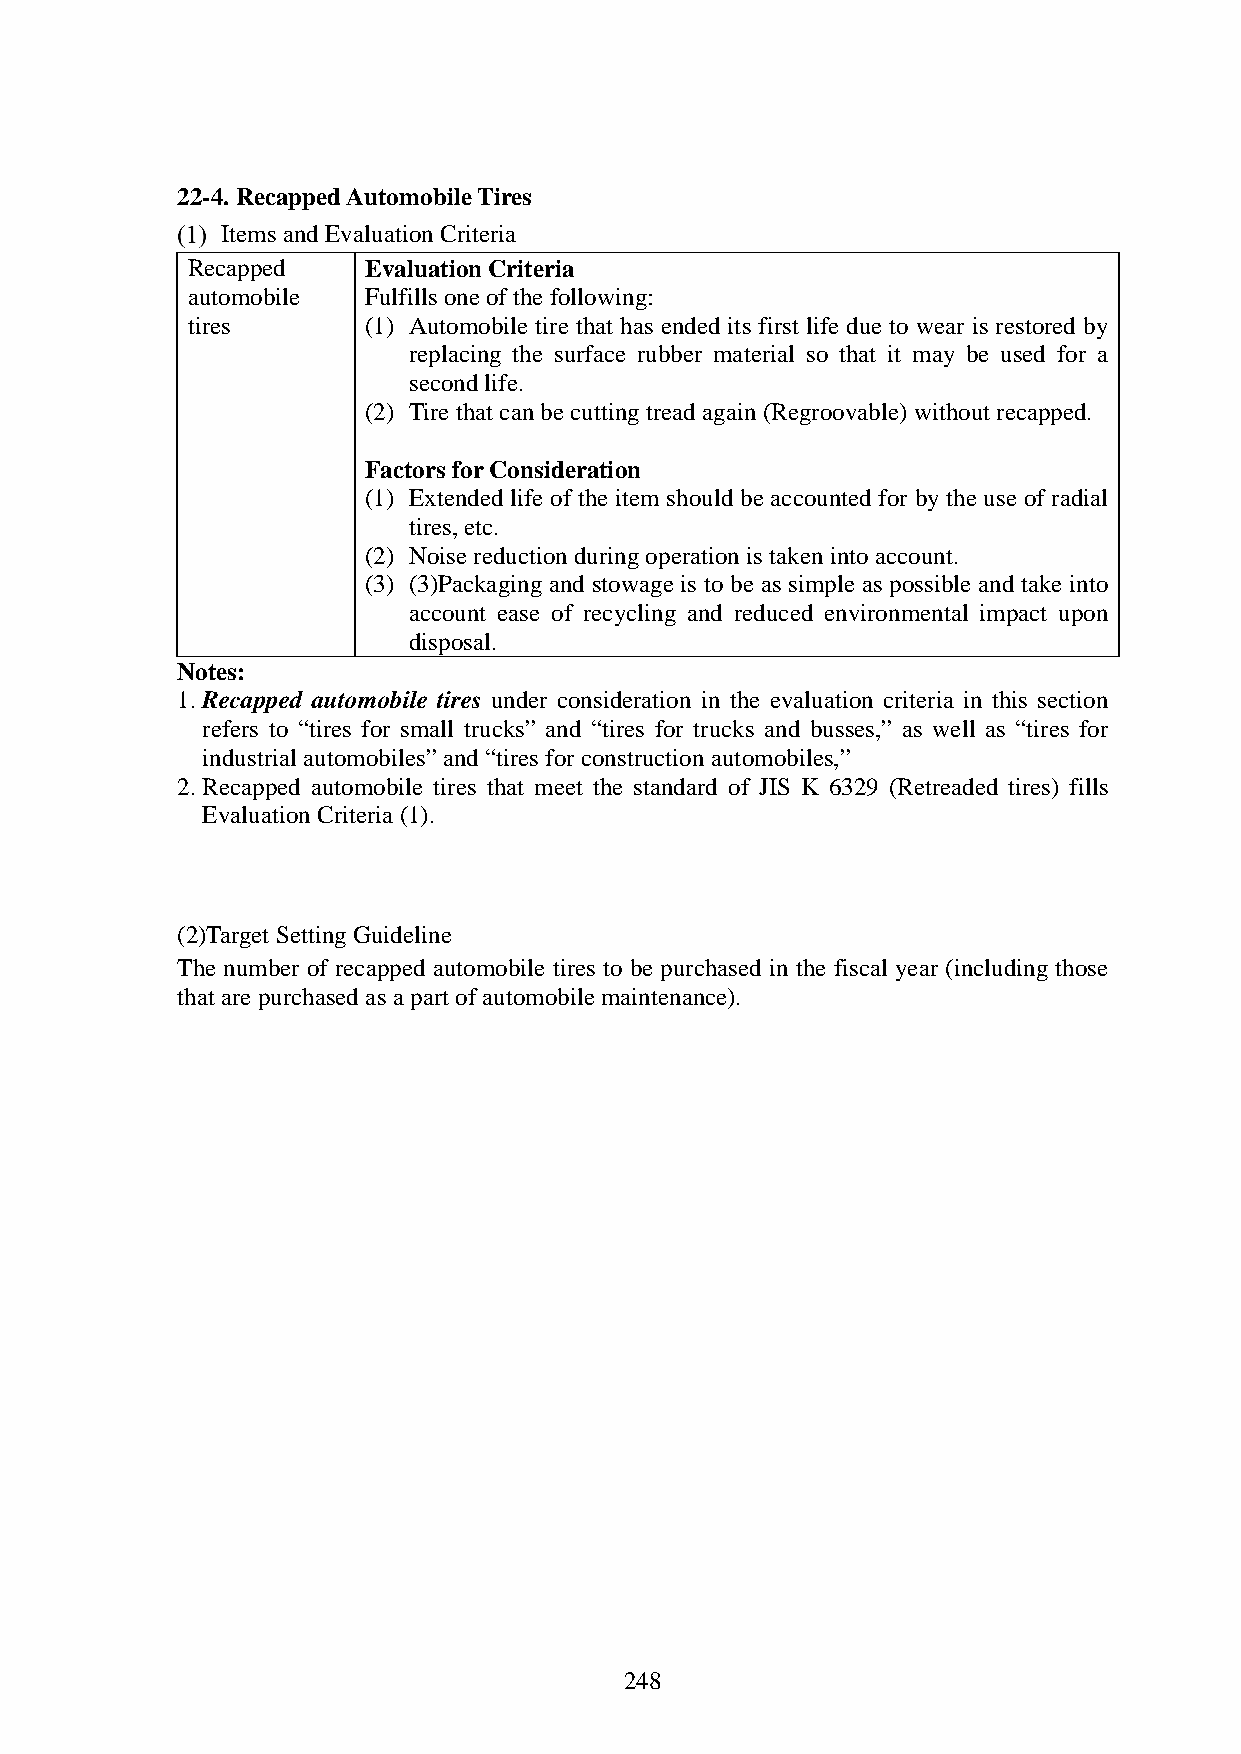
22-4. Recapped Automobile Tires
 Items and Evaluation Criteria
 Recapped    Evaluation Criteria
 automobile  Fulfills one of the following:
 tires       (1) Automobile tire that has ended its first life due to wear is restored by
 replacing the surface rubber material so that it may be used for a
 second life.
 (2) Tire that can be cutting tread again (Regroovable) without recapped.
 Factors for Consideration
 (1) Extended life of the item should be accounted for by the use of radial
 tires, etc.
 (2) Noise reduction during operation is taken into account.
 (3) (3)Packaging and stowage is to be as simple as possible and take into
 account ease of recycling and reduced environmental impact upon
 disposal.
 Notes:
 1. Recapped automobile tires under consideration in the evaluation criteria in this section
 refers to “tires for small trucks” and “tires for trucks and busses,” as well as “tires for
 industrial automobiles” and “tires for construction automobiles,”
 2. Recapped automobile tires that meet the standard of JIS K 6329 (Retreaded tires) fills
 Evaluation Criteria (1).
 (2)Target Setting Guideline
 The number of recapped automobile tires to be purchased in the fiscal year (including those
 that are purchased as a part of automobile maintenance).
 248